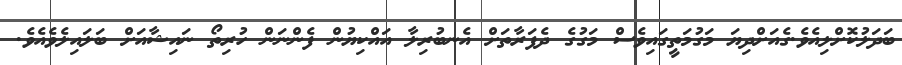
ބަދަލުކޮށްލިއެވެ.ގެއަށްދިޔަ މަގުމަތީގައިވެސް މަގުގެ ދެފަރާތަށް އެނބުރިލާ އައްކިޔުން ފެންނަން ހުރިތޯ ނައިޝާއަށް ބަލައިލެވެއެވެ.